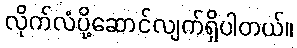
လိုက်လံပို့ဆောင်လျက်ရှိပါတယ်။